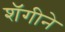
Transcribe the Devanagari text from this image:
शॅगीने